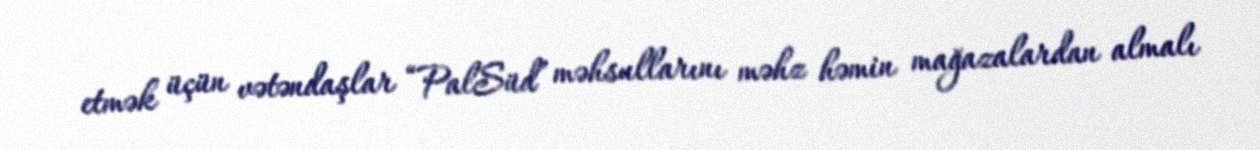
etmək üçün vətəndaşlar “PalSüd” məhsullarını məhz həmin mağazalardan almalı